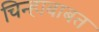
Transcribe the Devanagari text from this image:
चिन्हाबाबत